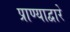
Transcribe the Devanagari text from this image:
प्राण्याद्वारे